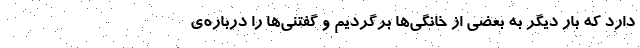
دارد که بارِ دیگر به بعضی از خانگی‌ها برگردیم و گفتنی‌ها را درباره‌ی